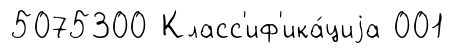
5075300 Класс'иф'ика́циjа 001